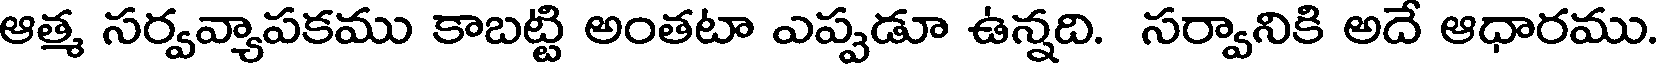
ఆత్మ సర్వవ్యాపకము కాబట్టి అంతటా ఎప్పడూ ఉన్నది. సర్వానికి అదే ఆధారము